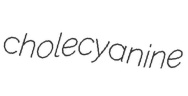
cholecyanine